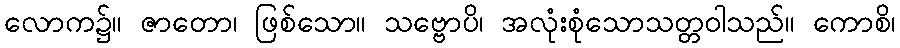
လောက၌။ ဇာတော၊ ဖြစ်သော။ သဗ္ဗောပိ၊ အလုံးစုံသောသတ္တဝါသည်။ ကောစိ၊